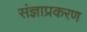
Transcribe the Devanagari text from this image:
संज्ञाप्रकरण